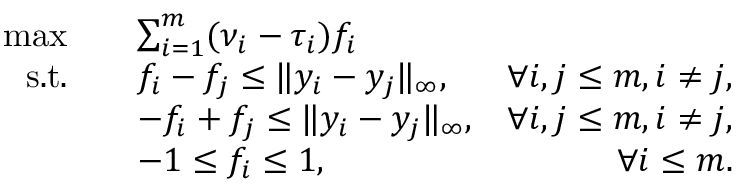
\begin{array} { r l r } { \operatorname* { m a x } \quad } & { \sum _ { i = 1 } ^ { m } ( \nu _ { i } - \tau _ { i } ) f _ { i } } \\ { \mathrm { s . t . } \quad } & { f _ { i } - f _ { j } \leq \| y _ { i } - y _ { j } \| _ { \infty } , } & { { \forall i , j \leq m , i \not = j } , } \\ & { - f _ { i } + f _ { j } \leq \| y _ { i } - y _ { j } \| _ { \infty } , } & { \forall i , j \leq m , i \not = j , } \\ & { - 1 \leq f _ { i } \leq 1 , } & { \forall i \leq m . } \end{array}